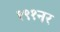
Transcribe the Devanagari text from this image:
१९१नर